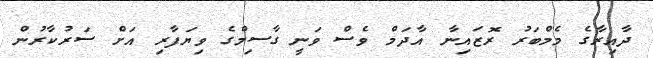
ދާއިރާގެ މެމްބަރު ރޮޒައިނާ އާދަމް ވެސް ވަނީ ގާސިމްގެ ވިޔަފާރި އަށް ސަރުކާރުން